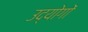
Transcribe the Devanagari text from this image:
उद्योगोंं